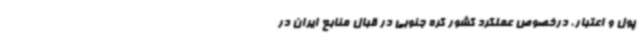
پول و اعتبار، درخصوص عملکرد کشور کره جنوبی در قبال منابع ایران در